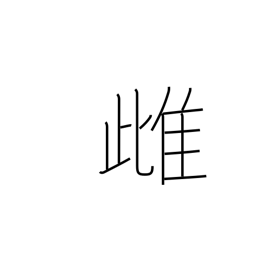
Meaning: feminine